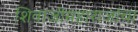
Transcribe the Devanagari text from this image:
शिवाजीमहाराजांचा